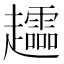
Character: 𧾮